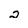
Character: 2